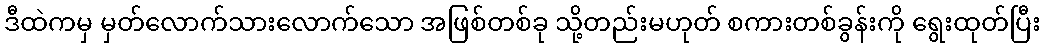
ဒီထဲကမှ မှတ်လောက်သားလောက်သော အဖြစ်တစ်ခု သို့တည်းမဟုတ် စကားတစ်ခွန်းကို ရွေးထုတ်ပြီး